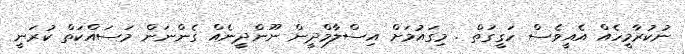
ނުކުރާމީހެއް އެއީވެސް ހަގީގަތް . މިގައުމަށް އިސްލާމްދީން ނޫންދީނެއް ގެންނަން މަސައްކަތް ކުރަނީ